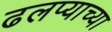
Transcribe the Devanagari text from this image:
ढलप्याच्या